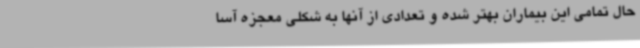
حال تمامی این بیماران بهتر شده و تعدادی از آنها به شکلی معجزه آسا